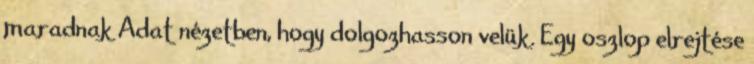
maradnak Adat nézetben, hogy dolgozhasson velük. Egy oszlop elrejtése